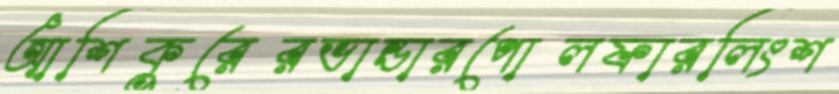
আশিকুরেরভান্ডারপোলফারলিংশ